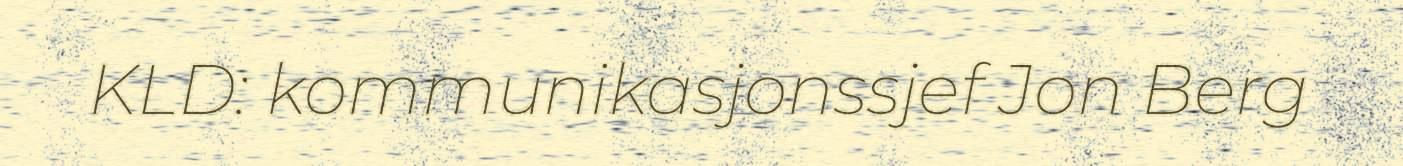
KLD: kommunikasjonssjef Jon Berg